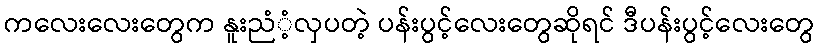
ကလေးလေးတွေက နူးညံံ့လှပတဲ့ ပန်းပွင့်လေးတွေဆိုရင် ဒီပန်းပွင့်လေးတွေ